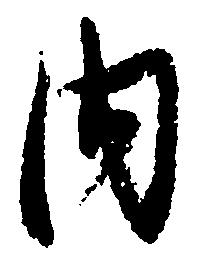
内